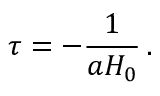
\tau = - \frac { 1 } { a H _ { 0 } } \, .